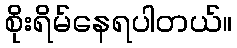
စိုးရိမ်နေရပါတယ်။